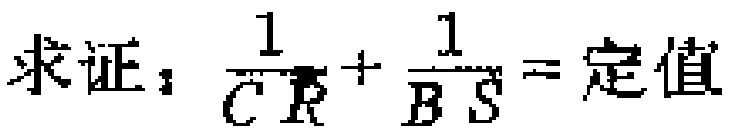
求证：\(\frac{1}{CR}+\frac{1}{BS}=\text{定值}\)